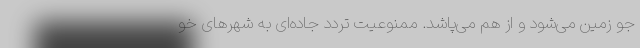
جو زمین می‌شود و از هم می‌پاشد. ممنوعیت تردد جاده‌ای به شهرهای خو